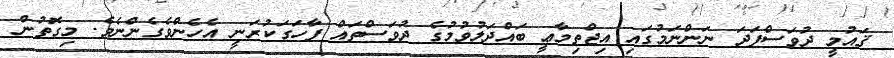
ޤައުމީ ދުވަސްފަދަ ނަންނަމުގައި އިޖްތިމާޢީ ބައްދަލުވުމުގެ ދުވަސްތައް ފާހަގަކުރަނީ އެހެންވެގެންނެވެ. މިގޮތުން